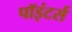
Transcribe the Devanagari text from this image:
पॉइंटर्स